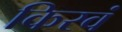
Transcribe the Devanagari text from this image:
किरवं